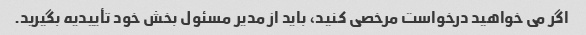
اگر می خواهید درخواست مرخصی کنید، باید از مدیر مسئول بخش خود تأییدیه بگیرید.